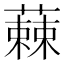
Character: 𮑾